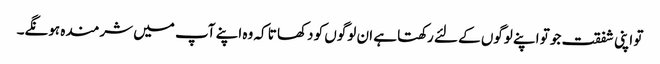
تو اپنی شفقت جو تو اپنے لوگوں کے لئے رکھتا ہے ان لوگوں کو دکھا تا کہ وہ اپنے آپ میں شرمندہ ہونگے۔